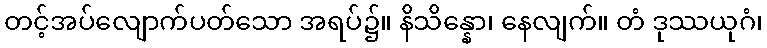
တင့်အပ်လျောက်ပတ်သော အရပ်၌။ နိသိန္နော၊ နေလျက်။ တံ ဒုဿယုဂံ၊